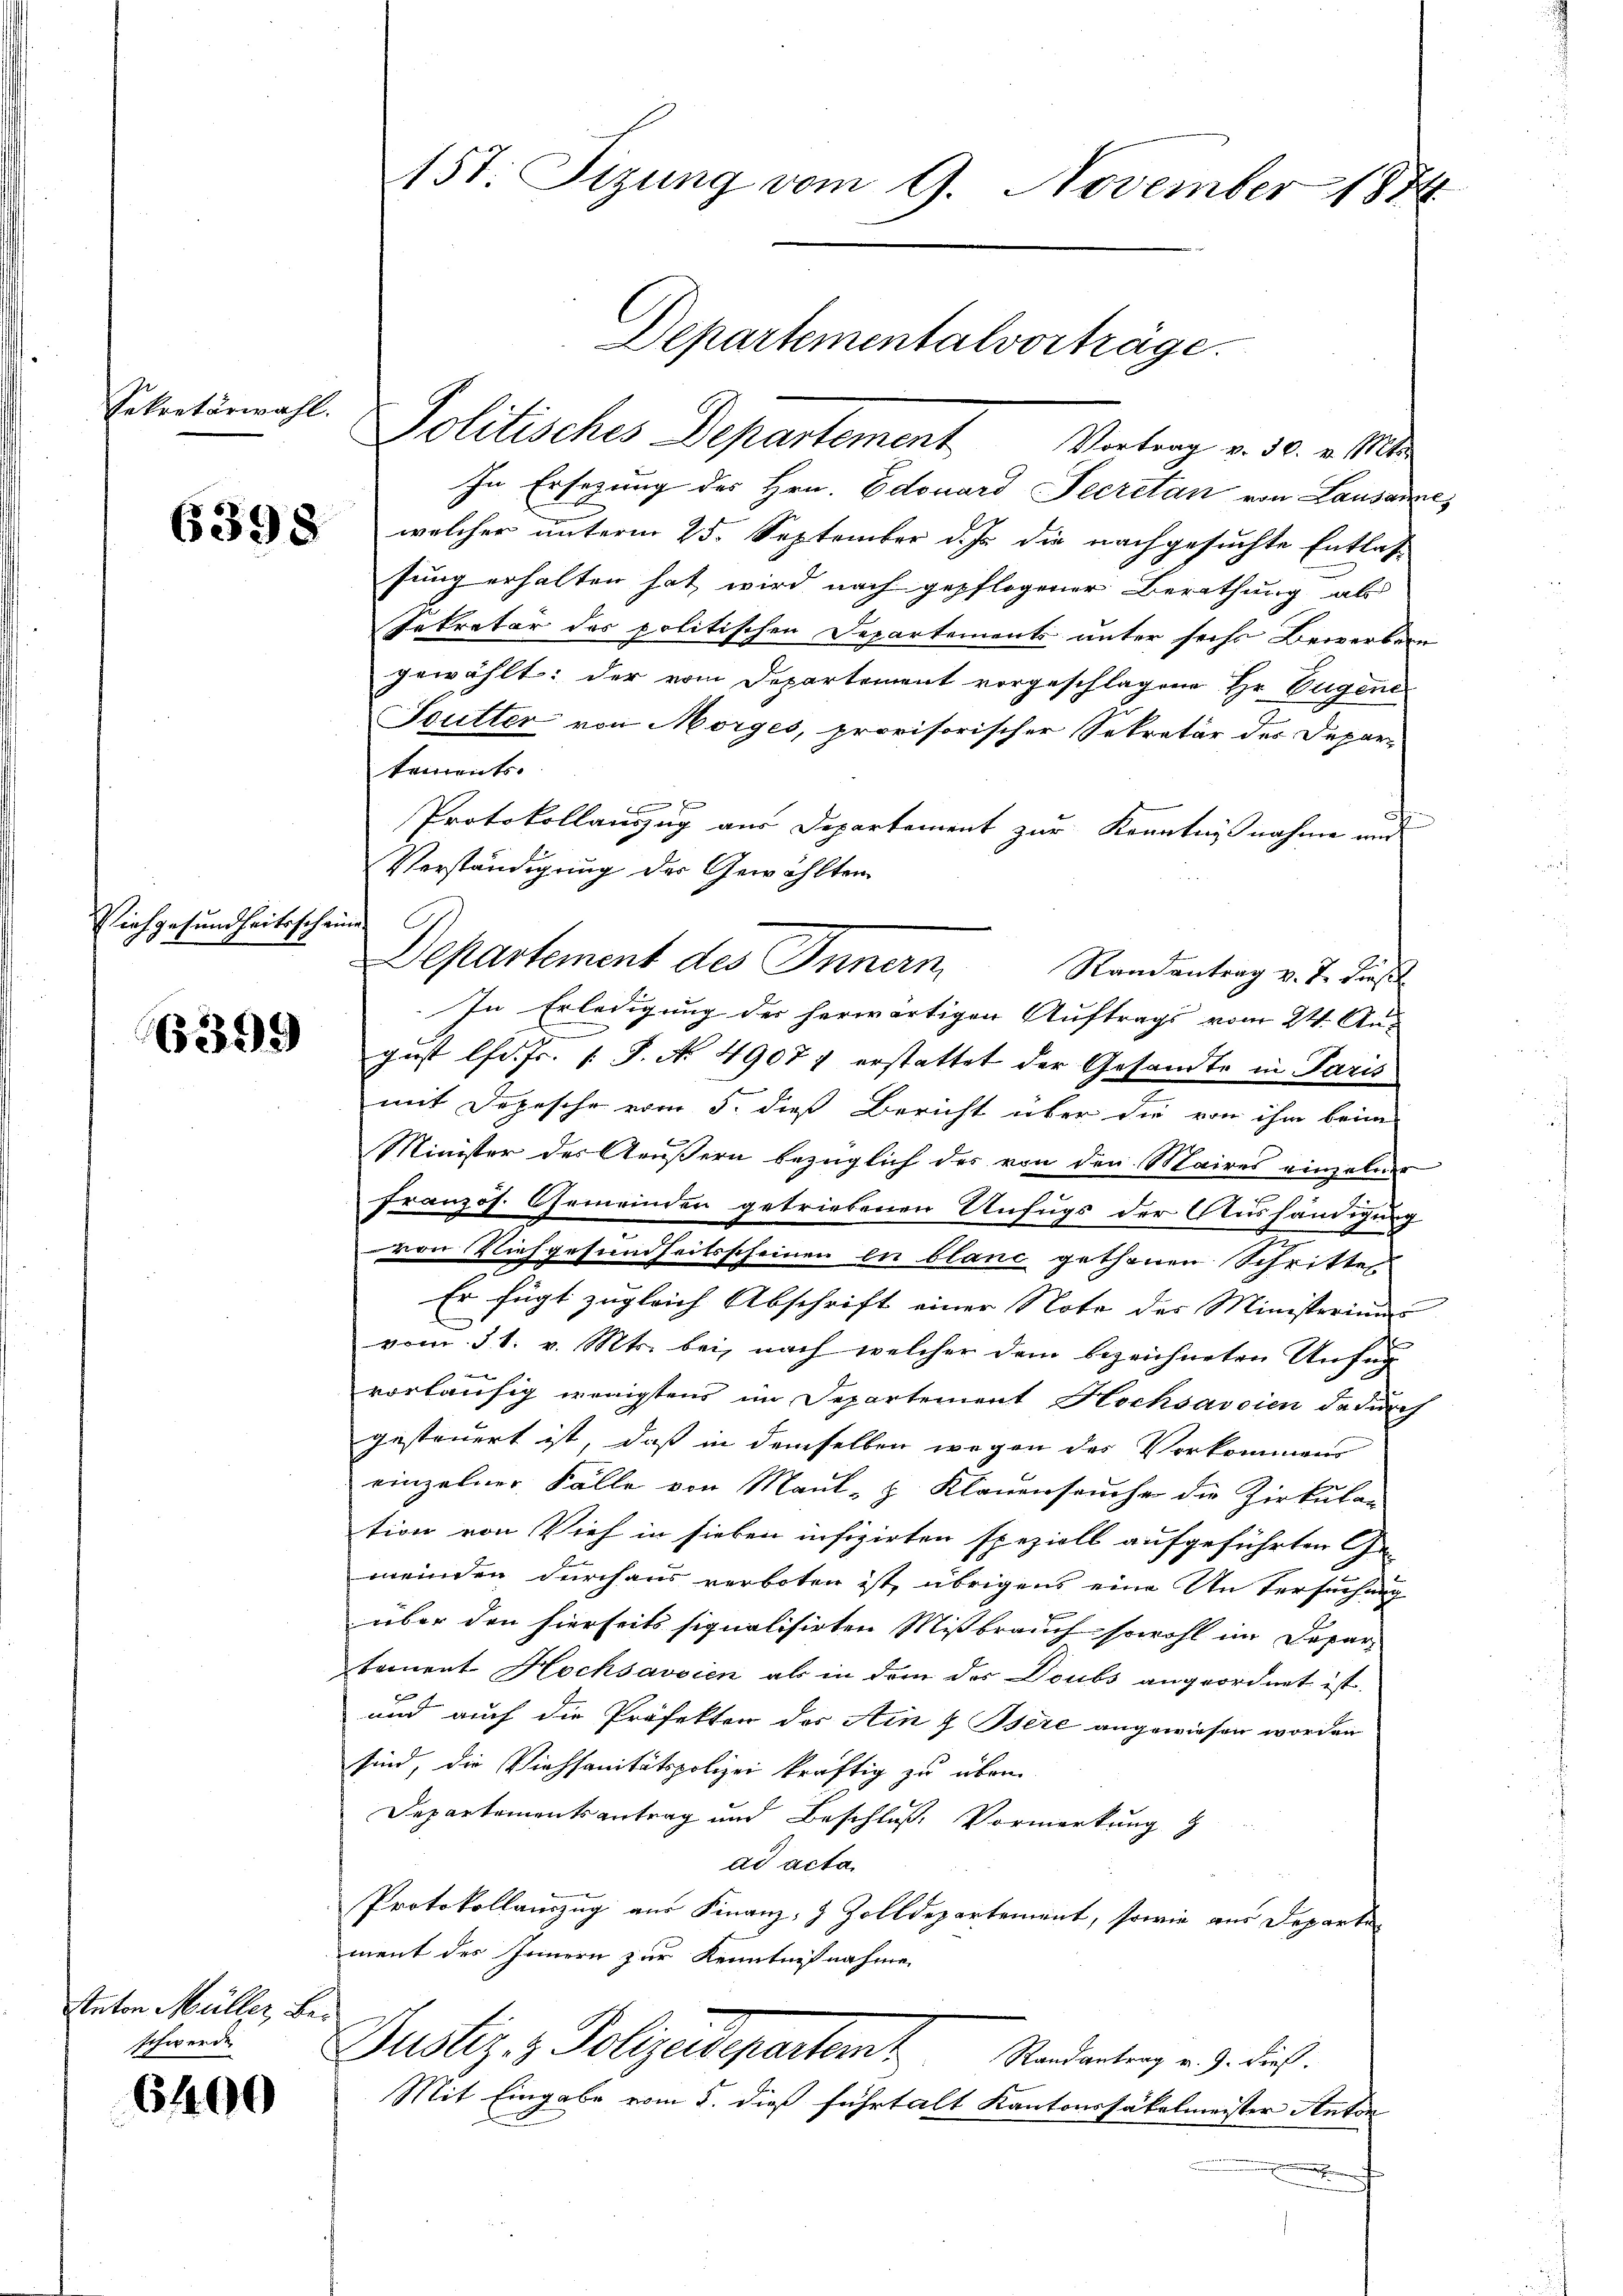
Sekretärwahl.

Vichgesundheitsscheine

6399

Anton Müller, Beschwerde.

6400

In Ersezung des Hrn. Edouard Secretan von Lausanne,
 welcher unterm 25. September d. Js. die nachgesuchte Entlassung erhalten hat, wird nach gepflegener Berathung als
Sekretär des politischen Departements unter sechs Bewerbern
gewählt: der vom Departement vorgeschlagene Hr. Eugene
Butter von Morges, provisorischer Sekretär des Depar-
tements.

Protokollauszug aus Departement zur Kenntnisnahme und
Verständigung der Gewählten
Departement des Innern
Randantrag v. J. diesel
In Erledigung der herwärtigen Auftrags vom 24. August lfd. Js. v. J. No 4907 erstattet der Gesandte in Paris
mit Depesche vom 5. dieß Bericht über die von ihm beim
Minister des Aeußern bezüglich der von den Maires einzelner
französ. Gemeinder getriebenen Unfugs der Aushändigung
von Viehgesundheitsscheinen in blanc gethanen Schritte
Er fügt zugleich Abschrift einer Note des Ministerium
u
vom 31. v. Mts. bei, nach welcher dem bezeichneten Unfer
vorläufig wenigstens im Departement Hochsavsien da durch
gesteuert ist, daß in demselben wegen des Vorkommens
einzelner Fälle von Maul- & Klauenseuche die Zirkulan
tion von Vieh in sieben infizirten speziell aufgeführten Ge-
meinden durchaus verboten ist, übrigens eine An Versuchung
über den hierseits signalisirten Mißbrauch sowohl im Depar-
tament Hochsavsien als in dem des Doubs angeordnet ist.
und auch die Präfekten des Ain & Bsere angewiesen worden
sind, die Viehsanitätspolizei kräftig zu über
Departementsantrag und Beschluß Vormerkung
ad acta
Protokollauszug aus Finanz- & Zolldepartement, sowie aus Departe
ment des Innern zur Kenntnißnahme
f
Justiz & Polizeideparten       Standertung . . dich.
Mit Eingabe vom 5. dieß führt alt Kantonsfäkelmeister Anton
h

Politisches Departement. Vortrag v. 30. v. 1

15t: Sizung vom 9. November 1874
Departementalvorträge.